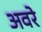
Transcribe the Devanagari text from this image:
अवरे